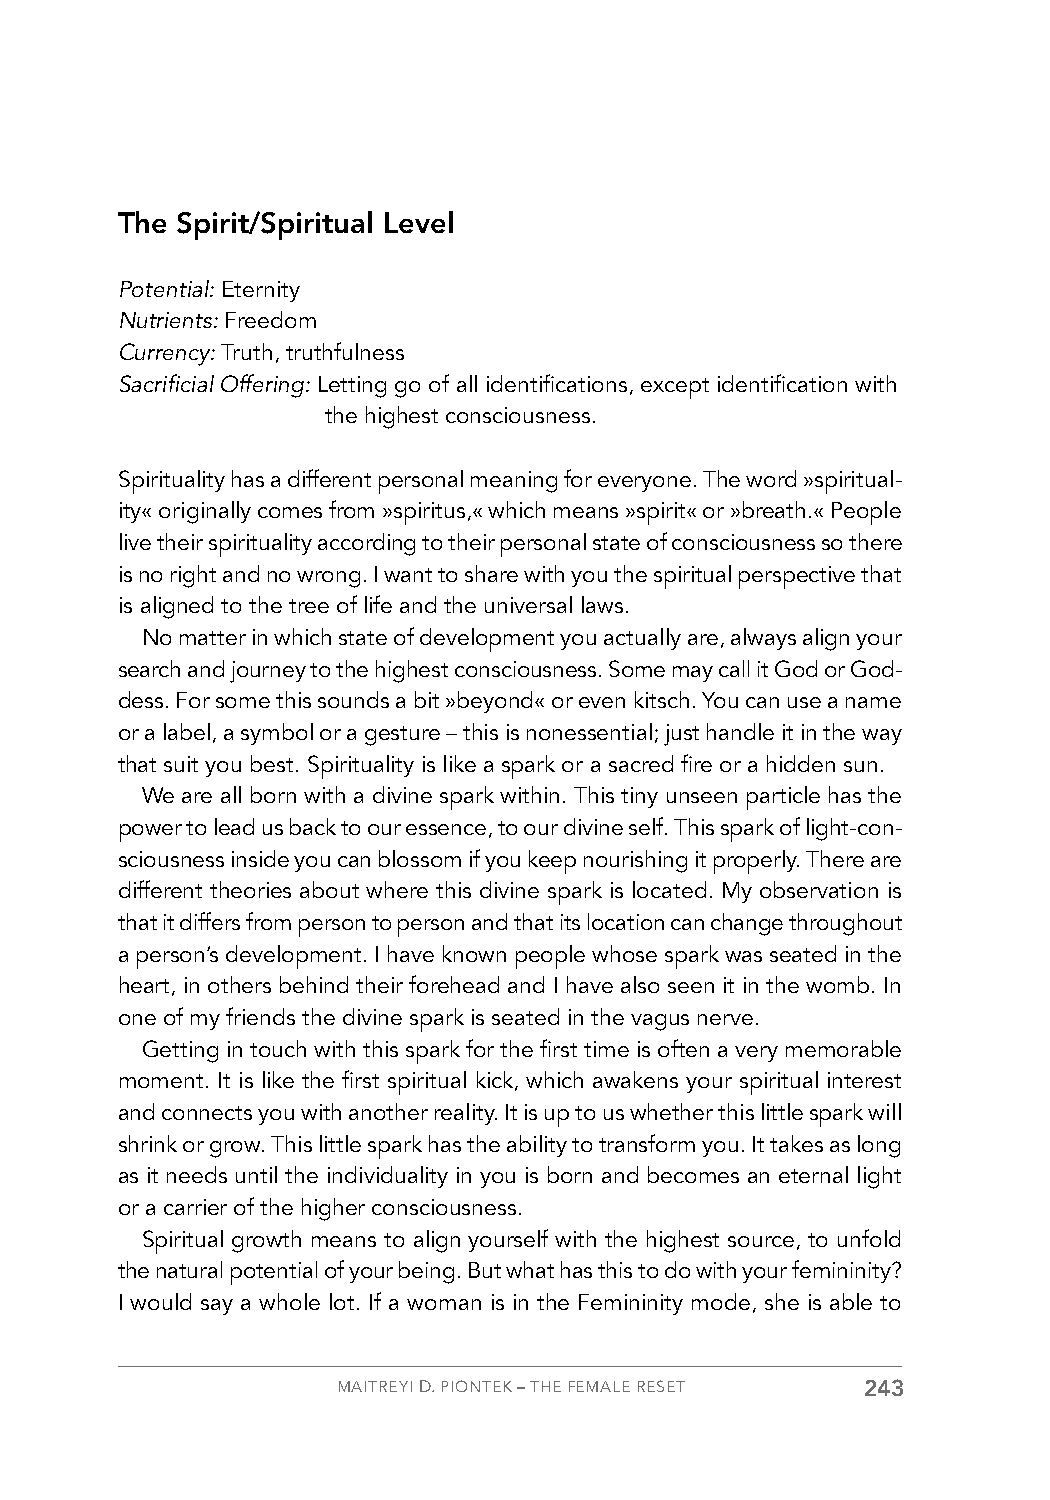
The Spirit/Spiritual Level
 Potential: Eternity
 Nutrients: Freedom
 Currency: Truth, truthfulness
 Sacrificial Offering: Letting go of all identifications, except identification with
 the highest consciousness.
 Spirituality has a different personal meaning for everyone. The word »spiritual-
 ity« originally comes from »spiritus,« which means »spirit« or »breath.« People
 live their spirituality according to their personal state of consciousness so there
 is no right and no wrong. I want to share with you the spiritual perspective that
 is aligned to the tree of life and the universal laws.
 No matter in which state of development you actually are, always align your
 search and journey to the highest consciousness. Some may call it God or God-
 dess. For some this sounds a bit »beyond« or even kitsch. You can use a name
 or a label, a symbol or a gesture – this is nonessential; just handle it in the way
 that suit you best. Spirituality is like a spark or a sacred fire or a hidden sun.
 We are all born with a divine spark within. This tiny unseen particle has the
 power to lead us back to our essence, to our divine self. This spark of light-con-
 sciousness inside you can blossom if you keep nourishing it properly. There are
 different theories about where this divine spark is located. My observation is
 that it differs from person to person and that its location can change throughout
 a person’s development. I have known people whose spark was seated in the
 heart, in others behind their forehead and I have also seen it in the womb. In
 one of my friends the divine spark is seated in the vagus nerve.
 Getting in touch with this spark for the first time is often a very memorable
 moment. It is like the first spiritual kick, which awakens your spiritual interest
 and connects you with another reality. It is up to us whether this little spark will
 shrink or grow. This little spark has the ability to transform you. It takes as long
 as it needs until the individuality in you is born and becomes an eternal light
 or a carrier of the higher consciousness.
 Spiritual growth means to align yourself with the highest source, to unfold
 the natural potential of your being. But what has this to do with your femininity?
 I would say a whole lot. If a woman is in the Femininity mode, she is able to
 MAITREYI D. PIONTEK – THE FEMALE RESET 243